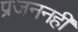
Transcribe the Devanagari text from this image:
प्रजननही